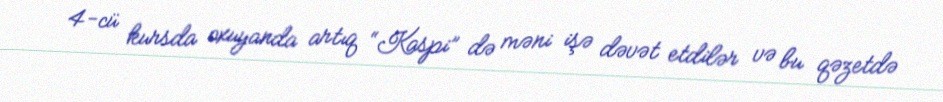
4-cü kursda oxuyanda artıq “Kaspi” də məni işə dəvət etdilər və bu qəzetdə